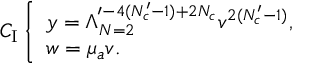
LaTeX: C _ { \mathrm { I } } \left\{ \begin{array} { l } { { y = \Lambda _ { N = 2 } ^ { \prime - 4 ( N _ { c } ^ { \prime } - 1 ) + 2 N _ { c } } v ^ { 2 ( N _ { c } ^ { \prime } - 1 ) } , } } \\ { { w = \mu _ { a } v . } } \end{array} \right.